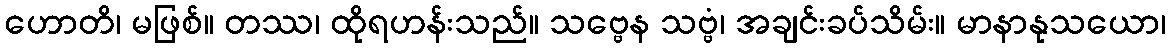
ဟောတိ၊ မဖြစ်။ တဿ၊ ထိုရဟန်းသည်။ သဗ္ဗေန သဗ္ဗံ၊ အချင်းခပ်သိမ်း။ မာနာနုသယော၊